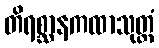
တိရစ္ဆာနကထာသုတ္တံ